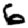
Digit: 6